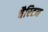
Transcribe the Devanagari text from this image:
चैरिटन